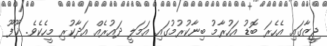
ޖީޒާގައި އެހެރަ ބޮޑު އަހުރާމު ބިނާކުރުމުގައި އަމަލީ ދައުރެއް އަދާކުރި މީހެކެވެ. ޚޫފޫ